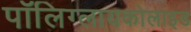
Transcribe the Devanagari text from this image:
पॉलिग्लायकोलाइड